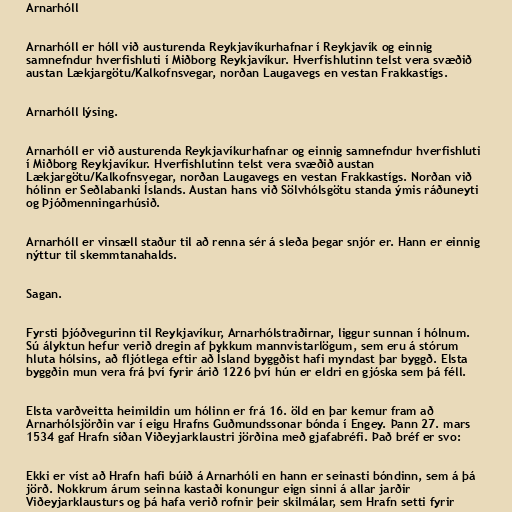
Arnarhóll

Arnarhóll er hóll við austurenda Reykjavíkurhafnar í Reykjavík og einnig
samnefndur hverfishluti í Miðborg Reykjavíkur. Hverfishlutinn telst vera svæðið
austan Lækjargötu/Kalkofnsvegar, norðan Laugavegs en vestan Frakkastígs.

Arnarhóll lýsing.

Arnarhóll er við austurenda Reykjavíkurhafnar og einnig samnefndur hverfishluti
í Miðborg Reykjavíkur. Hverfishlutinn telst vera svæðið austan
Lækjargötu/Kalkofnsvegar, norðan Laugavegs en vestan Frakkastígs. Norðan við
hólinn er Seðlabanki Íslands. Austan hans við Sölvhólsgötu standa ýmis ráðuneyti
og Þjóðmenningarhúsið.

Arnarhóll er vinsæll staður til að renna sér á sleða þegar snjór er. Hann er einnig
nýttur til skemmtanahalds.

Sagan.

Fyrsti þjóðvegurinn til Reykjavíkur, Arnarhólstraðirnar, liggur sunnan í hólnum.
Sú ályktun hefur verið dregin af þykkum mannvistarlögum, sem eru á stórum
hluta hólsins, að fljótlega eftir að Ísland byggðist hafi myndast þar byggð. Elsta
byggðin mun vera frá því fyrir árið 1226 því hún er eldri en gjóska sem þá féll.

Elsta varðveitta heimildin um hólinn er frá 16. öld en þar kemur fram að
Arnarhólsjörðin var í eigu Hrafns Guðmundssonar bónda í Engey. Þann 27. mars
1534 gaf Hrafn síðan Viðeyjarklaustri jörðina með gjafabréfi. Það bréf er svo:

Ekki er víst að Hrafn hafi búið á Arnarhóli en hann er seinasti bóndinn, sem á þá
jörð. Nokkrum árum seinna kastaði konungur eign sinni á allar jarðir
Viðeyjarklausturs og þá hafa verið rofnir þeir skilmálar, sem Hrafn setti fyrir